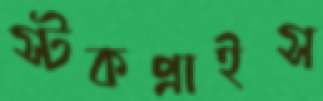
স্টকপ্রাইস